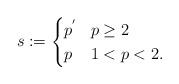
LaTeX: \begin{align*}s := \left\lbrace \begin{aligned}&p^{'} && p \geq 2 \\&p && 1 < p < 2. \end{aligned}\right. \end{align*}